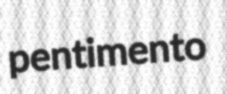
pentimento